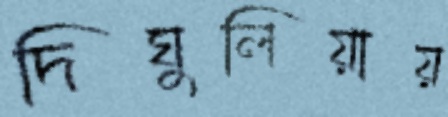
দিঘুলিয়ায়